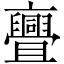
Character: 亹